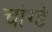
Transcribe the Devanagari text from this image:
चांग्डे